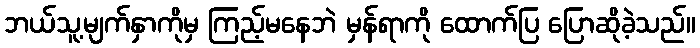
ဘယ်သူ့မျက်နှာကိုမှ ကြည့်မနေဘဲ မှန်ရာကို ထောက်ပြ ပြောဆိုခဲ့သည်။